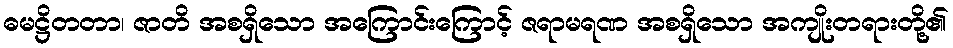
ဓမဋ္ဌိတတာ၊ ဇာတိ အစရှိသော အကြောင်းကြောင့် ဇရာမရဏ အစရှိသော အကျိုးတရားတို့၏